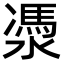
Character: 㵗